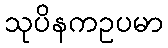
သုပိနကဥပမာ